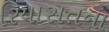
રિયાસતના